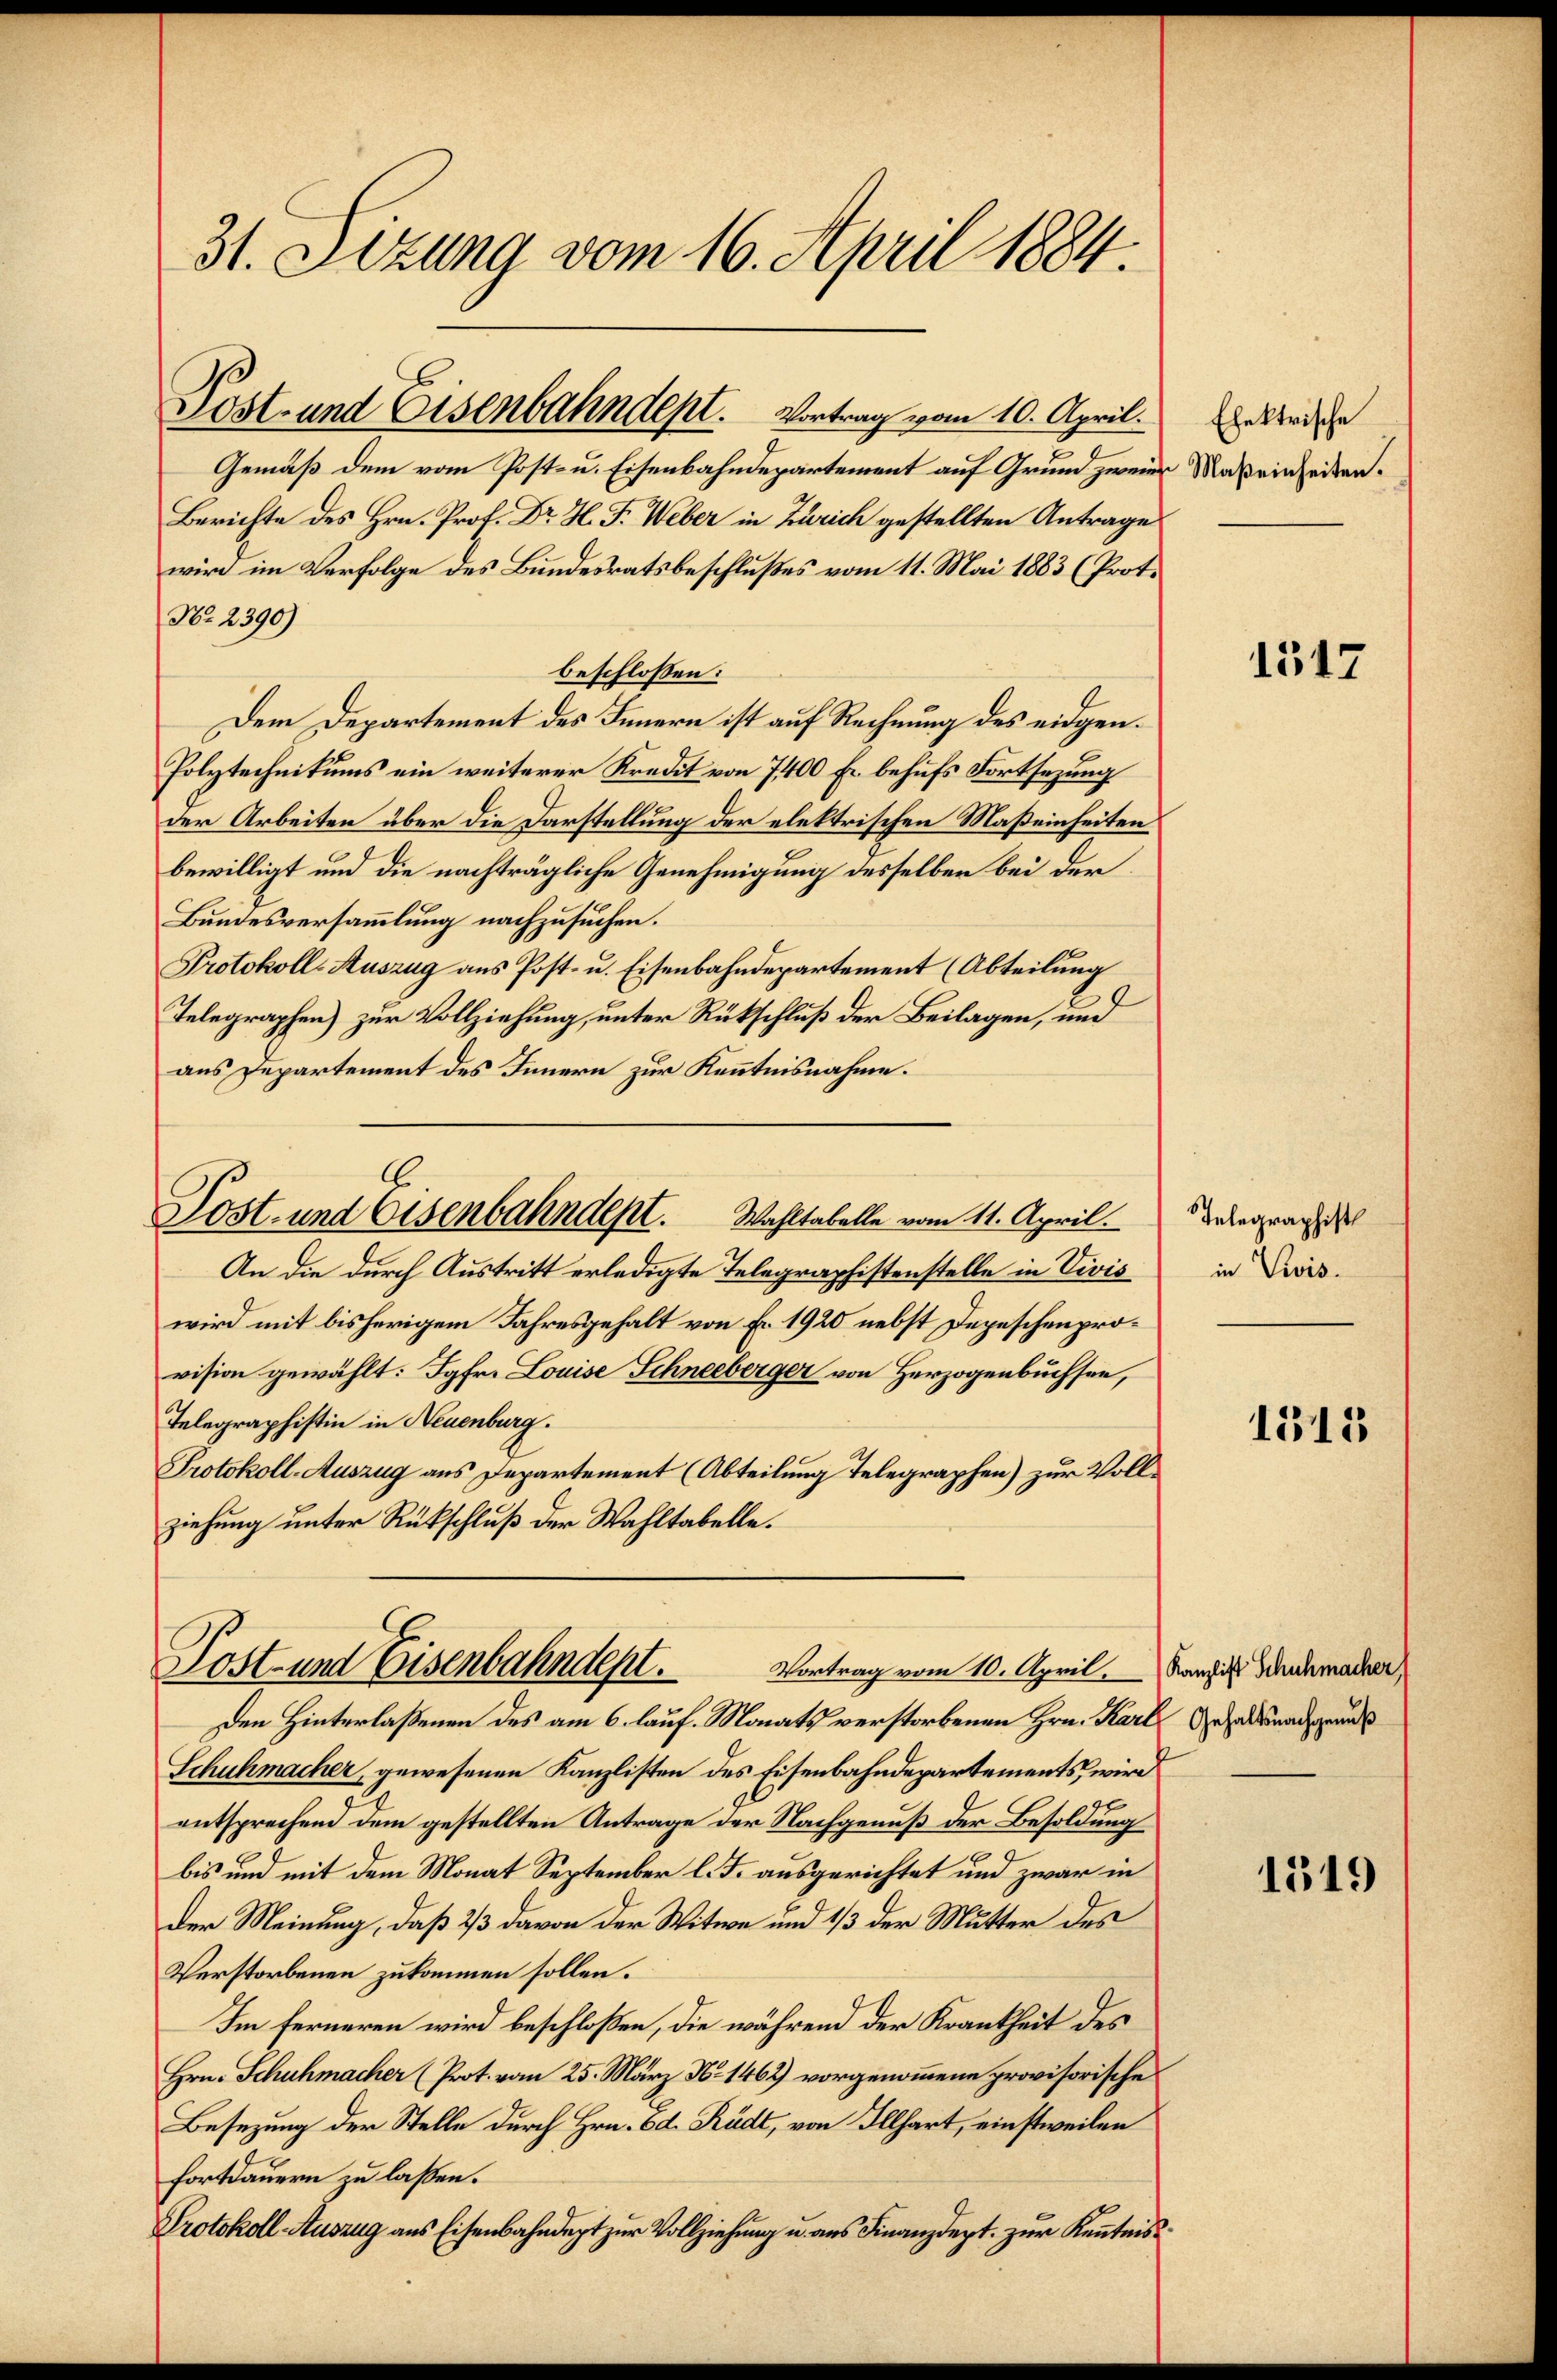
31. Sizung vom 16. April 1884.

Gemäß dem vom Post- u. Eisenbahndepartement auf Grund zweier
Berichte des Hrn. Prof. Dr H. F. Weber in Zürich gestellten Antrages
wird im Verfolge des Bundesratsbeschlußes vom 11. Mai 1883 (Prot.
Nr. 2390)
beschlossen:
Dem Departement des Innern ist auf Rechnung des eidgen.
Polytechnikums ein weiterer Kredit von 7400 Fr. behufs Fortsezung
der Arbeiten über die Darstellung der elektrischen Maßeinheiten
bewilligt und die nachträgliche Genehmigung desselben bei der
Bundesversammlung nachzusuchen.
Protokoll-Auszug aus Post- u. Eisenbahndepartement (Abteilung
Telegraphen) zur Vollziehung, unter Rückschluß der Beilagen, und
aus Departement des Innern zur Kenntnisnahme.
6
Post- und Eisenbahndept. Wahltabelle vom 11. April.
An die durch Austritt erledigte Telegraphistenstelle in Vivis
wird mit bisherigem Jahresgehalt von Fr. 1920 nebst Depeschenprovision gewählt: Jgfr. Louise Schneeberger von Herzogenbuchsen,
Telegraphistin in Neuenburg.
Protokoll-Auszug aus Departement (Abteilung Telegraphen) zur Vollziehung unter Rückschluß der Wahltabelle.

Post- und Eisenbahndept. Vortrag vom 10. April.

Post- und Eisenbahndept.
Vortrag vom 10. April. Kanzlist Schuhmacher,

Den Hinterlaßenen des am 6. lauf. Monats verstorbenen Hrn. Karl Gehalt nach grund
Schuhmacher, gewesenen Kanzlisten des Eisenbahndepartements, wird
entsprechend dem gestellten Antrage der Nachgenuß der Besoldung
bis und mit dem Monat September l. J. ausgerichtet und zwar in
Der Meinung, daß 2/3 davon der Witwe und 1/3 der Mutter des
Verstorbenen zukommen sollen.
Im ferneren wird beschloßen, die während der Krankheit des
Hrn. Schuhmacher (Prot. vom 25. März No 1462) vorgenommene provisorische
Besezung der Stelle durch Hrn. Od. Rüdt, von Illhart, einstweilen
Fortdauern zu laßen.
Protokoll Auszug aus Eisenbahndept zur Vollziehung u. aus Finanzdept. zur Kenntnis

Ehektrische
Maßeinheiten.

1317

Telegraphist
in Divis.

1515

1519